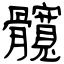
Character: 髖